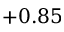
+ 0 . 8 5